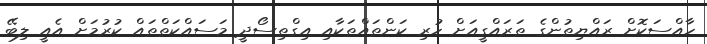
ހާއްސަކޮށް ރައްޔިތުންގެ ތަރައްގީއަށް ހުރި ކަންތައްތަކާއި އިގްތިސޯދީ މަސައްކަތްތައް ކުރުމަށް އެއީ ލިބޭ